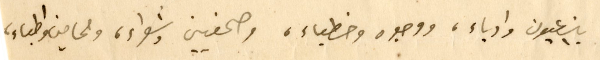
بين عيون وادباء، ووجوه وخطباء، وصحفيين وشعراء، ومحامين واطباء،